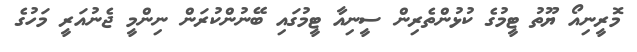
މޮރީނިއޯ ޔޫތު ޓީމުގެ ކުޅުންތެރިން ސީނިއާ ޓީމުގައި ބޭނުންކުރަން ނިންމީ ޖެނުއަރީ މަހުގެ